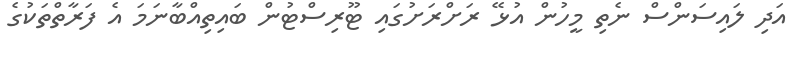
އަދި ލައިސަންސް ނެތި މީހުން އުޅޭ ރަށްރަށުގައި ޓޫރިސްޓުން ބައިތިއްބާނަމަ އެ ފަރާތްތަކުގެ